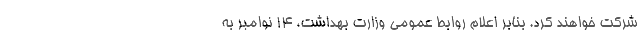
شرکت خواهند کرد. بنابر اعلام روابط عمومی وزارت بهداشت، ۱۴ نوامبر به